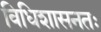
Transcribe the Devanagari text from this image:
विधिशासनतः